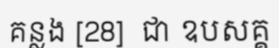
គន្លង [28]  ជា ឧបសគ្គ